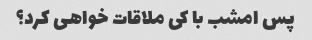
پس امشب با کی ملاقات خواهی کرد؟